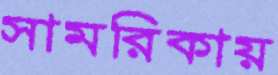
সামরিকায়